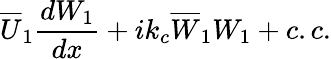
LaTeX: \overline{{U}}_{1}\frac{dW_{1}}{dx}+ik_{c}\overline{{W}}_{1}W_{1}+c.c.